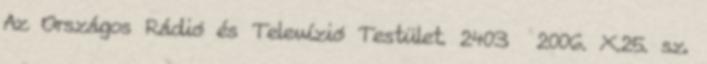
Az Országos Rádió és Televízió Testület. 2403 2006. X.25. sz.